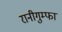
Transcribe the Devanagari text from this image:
रानीगुम्फा